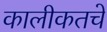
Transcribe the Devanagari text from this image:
कालीकतचे